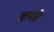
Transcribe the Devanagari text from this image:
कपते